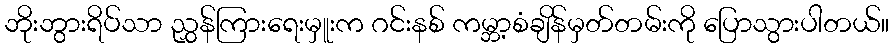
ဘိုးဘွားရိပ်သာ ညွှန်ကြားရေးမှူးက ဂင်းနစ် ကမ္ဘာ့စံချိန်မှတ်တမ်းကို ပြောသွားပါတယ်။